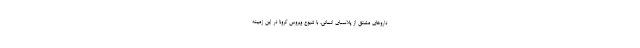
داروهای مشتق از پلاسمای انسانی، با شیوع ویروس کرونا در این زمینه